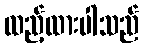
ထည့်ထားပါသည်